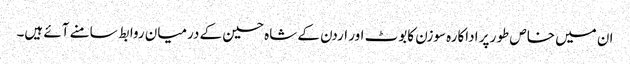
ان میں خاص طور پر اداکارہ سوزن کابوٹ اور اردن کے شاہ حسین کے درمیان روابط سامنے آئے ہیں۔